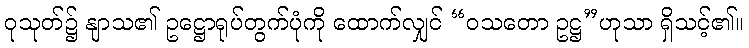
ဝုသုတ်၌ နျာသ၏ ဥဋ္ဌောရုပ်တွက်ပုံကို ထောက်လျှင် “ဝသတော ဥဋ္ဌ”ဟုသာ ရှိသင့်၏။